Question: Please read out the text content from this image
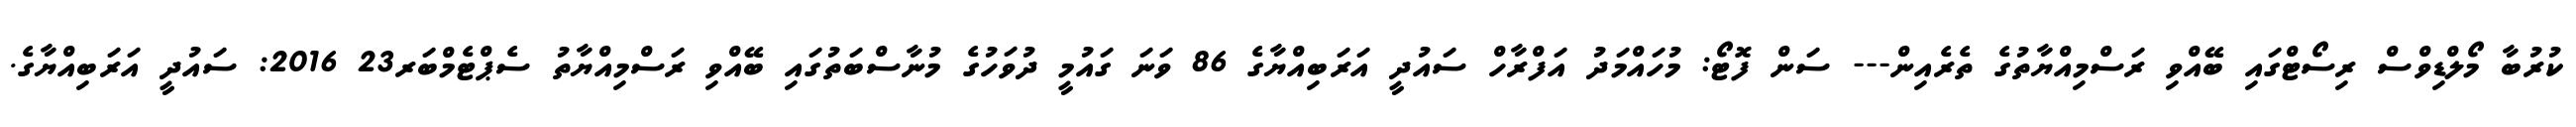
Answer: ކުރުބާ މޯލްޑިވްސް ރިސޯޓްގައި ބޭއްވި ރަސްމިއްޔާތުގެ ތެރެއިން--- ސަން ފޮޓޯ: މުހައްމަދު އަފްރާހް ސައުދީ އަރަބިއްޔާގެ 86 ވަނަ ގައުމީ ދުވަހުގެ މުނާސްބަތުގައި ބޭއްވި ރަސްމިއްޔާތު ސެޕްޓެމްބަރ23 2016: ސައުދީ އަރަބިއްޔާގެ.